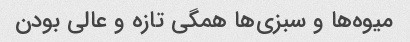
میوه‌ها و سبزی‌ها همگی تازه و عالی بودن